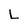
Character: L